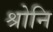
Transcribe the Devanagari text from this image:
श्रोनि